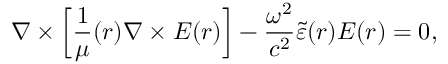
\nabla \times \left[ \frac { 1 } { \mu } ( \boldsymbol { r } ) \nabla \times \boldsymbol { E } ( \boldsymbol { r } ) \right] - \frac { \omega ^ { 2 } } { c ^ { 2 } } \tilde { \varepsilon } ( \boldsymbol { r } ) \boldsymbol { E } ( \boldsymbol { r } ) = 0 ,